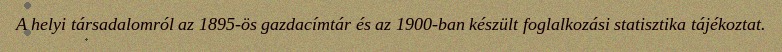
A helyi társadalomról az 1895-ös gazdacímtár és az 1900-ban készült foglalkozási statisztika tájékoztat.